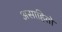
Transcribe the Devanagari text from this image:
असाहितो